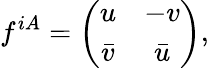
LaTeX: f^{iA}=\left(\begin{array}{cc}{{u}}&{{-v}}\\ {{\bar{v}}}&{{\bar{u}}}\end{array}\right),